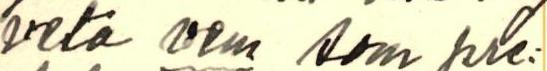
veta vem som pre: